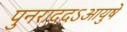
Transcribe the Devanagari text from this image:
पुनराददऽआयुषे